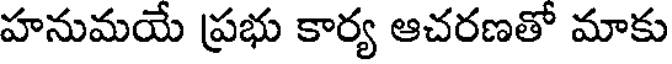
హనుమయే ప్రభు కార్య ఆచరణతో మాకు